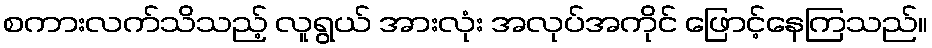
စကားလက်သိသည့် လူရွယ် အားလုံး အလုပ်အကိုင် ဖြောင့်နေကြသည်။